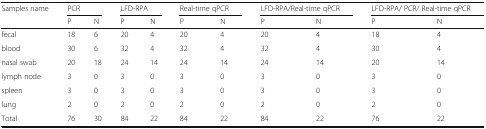
<table><thead><tr><td rowspan="2"><b>Samples name</b></td><td colspan="2"><b>PCR</b></td><td colspan="2"><b>LFD-RPA</b></td><td colspan="2"><b>Real-time qPCR</b></td><td colspan="2"><b>LFD-RPA/Real-time qPCR</b></td><td colspan="2"><b>LFD-RPA/ PCR/ Real-time qPCR</b></td></tr><tr><td><b>P</b></td><td><b>N</b></td><td><b>P</b></td><td><b>N</b></td><td><b>P</b></td><td><b>N</b></td><td><b>P</b></td><td><b>N</b></td><td><b>P</b></td><td><b>N</b></td></tr></thead><tbody><tr><td>fecal</td><td>18</td><td>6</td><td>20</td><td>4</td><td>20</td><td>4</td><td>20</td><td>4</td><td>18</td><td>4</td></tr><tr><td>blood</td><td>30</td><td>6</td><td>32</td><td>4</td><td>32</td><td>4</td><td>32</td><td>4</td><td>30</td><td>4</td></tr><tr><td>nasal swab</td><td>20</td><td>18</td><td>24</td><td>14</td><td>24</td><td>14</td><td>24</td><td>14</td><td>20</td><td>14</td></tr><tr><td>lymph node</td><td>3</td><td>0</td><td>3</td><td>0</td><td>3</td><td>0</td><td>3</td><td>0</td><td>3</td><td>0</td></tr><tr><td>spleen</td><td>3</td><td>0</td><td>3</td><td>0</td><td>3</td><td>0</td><td>3</td><td>0</td><td>3</td><td>0</td></tr><tr><td>lung</td><td>2</td><td>0</td><td>2</td><td>0</td><td>2</td><td>0</td><td>2</td><td>0</td><td>2</td><td>0</td></tr><tr><td>Total</td><td>76</td><td>30</td><td>84</td><td>22</td><td>84</td><td>22</td><td>84</td><td>22</td><td>76</td><td>22</td></tr></tbody></table>